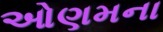
ઓણમના